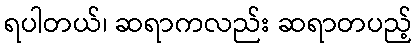
ရပါတယ်၊ ဆရာကလည်း ဆရာတပည့်